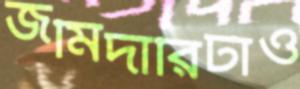
জমিদারিটাও